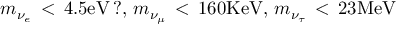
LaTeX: m _ { \nu _ { e } } \, < \, 4 . 5 \mathrm { e V } \, ? , \, m _ { \nu _ { \mu } } \, < \, 1 6 0 \mathrm { K e V } , \, m _ { \nu _ { \tau } } \, < \, 2 3 \mathrm { M e V }